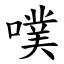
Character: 噗